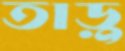
তাড়ু